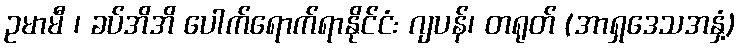
ဥမာမီ ၊ ခပ်အိအိ ပေါက်ရောက်ရာနိုင်ငံ: ဂျပန်၊ တရုတ် (အာရှဒေသအနှံ့)